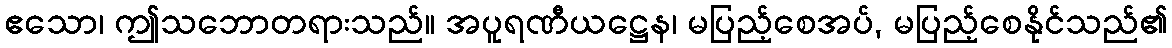
ဧသော၊ ဤသဘောတရားသည်။ အပူရဏီယဋ္ဌေန၊ မပြည့်စေအပ်, မပြည့်စေနိုင်သည်၏